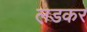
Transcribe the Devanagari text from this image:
ल़डकर